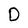
Character: O